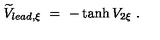
\widetilde V _ { l e a d , \xi } \ = \ - \tanh V _ { 2 \xi } \ .